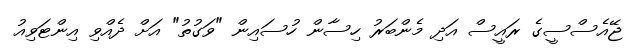
ޖޭއެސްސީގެ ރައީސް އަދި މެންބަރު ހިސާން ހުސައިން "ވަގުތު" އަށް ދެއްވި އިންޓަވިއު